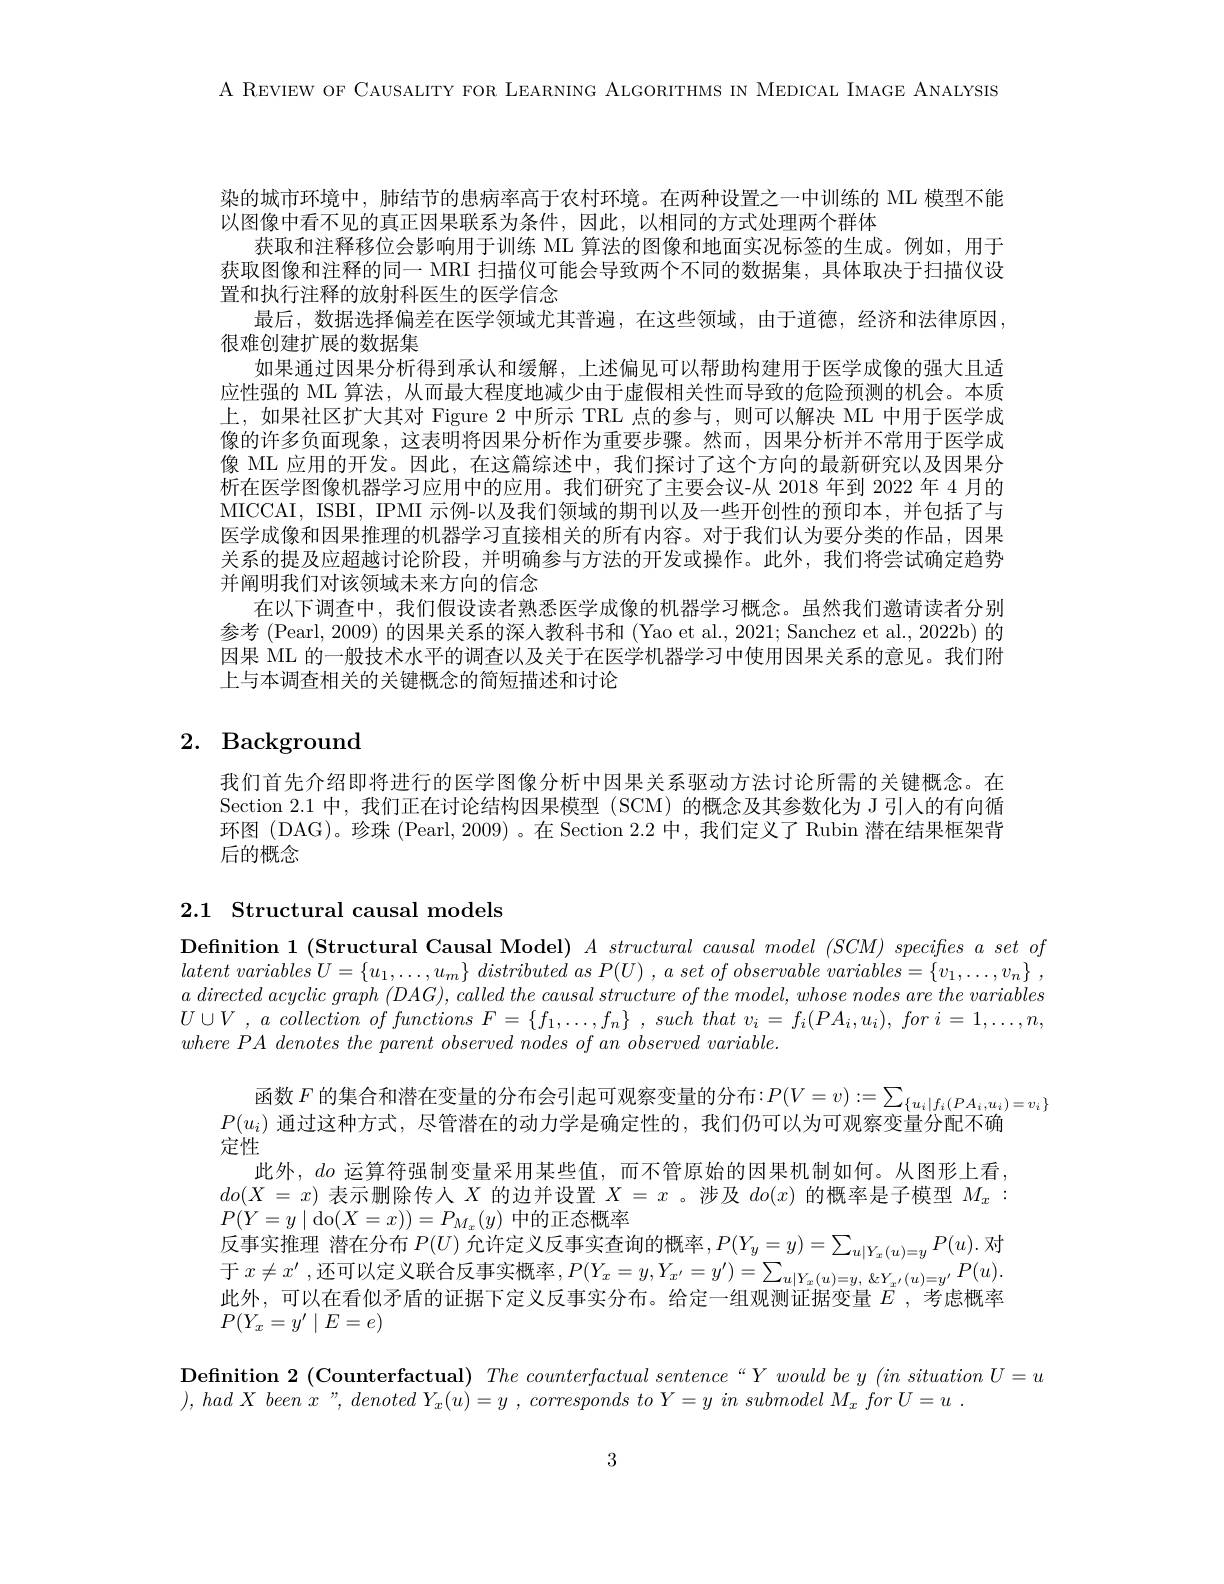
A REVIEW OF CAUSALITY FOR LEARNING ALGORITHMS IN MEDICAL IMAGE ANALYSIS

染的城市环境中，肺结节的患病率高于农村环境。在两种设置之一中训练的 ML 模型不能
以图像中看不见的真正因果联系为条件，因此，以相同的方式处理两个群体
获取和注释移位会影响用于训练 ML 算法的图像和地面实况标签的生成。例如，用于获取图像和注释的同一 MRI 扫描仪可能会导致两个不同的数据集，具体取决于扫描仪设置和执行注释的放射科医生的医学信念
最后，数据选择偏差在医学领域尤其普遍，在这些领域，由于道德，经济和法律原因，
很难创建扩展的数据集
如果通过因果分析得到承认和缓解，上述偏见可以帮助构建用于医学成像的强大且适应性强的 ML 算法，从而最大程度地减少由于虚假相关性而导致的危险预测的机会。本质上，如果社区扩大其对 Figure 2 中所示 TRL 点的参与，则可以解决 ML 中用于医学成像的许多负面现象，这表明将因果分析作为重要步骤。然而，因果分析并不常用于医学成像 ML 应用的开发。因此，在这篇综述中，我们探讨了这个方向的最新研究以及因果分析在医学图像机器学习应用中的应用。我们研究了主要会议-从 2018 年到 2022 年 4 月的MICCAI, ISBI, IPMI 示例-以及我们领域的期刊以及一些开创性的预印本，并包括了与医学成像和因果推理的机器学习直接相关的所有内容。对于我们认为要分类的作品，因果关系的提及应超越讨论阶段，并明确参与方法的开发或操作。此外，我们将尝试确定趋势并阐明我们对该领域未来方向的信念
在以下调查中，我们假设读者熟悉医学成像的机器学习概念。虽然我们邀请读者分别参考 (Pearl, 2009) 的因果关系的深人教科书和 (Yao et al., 2021; Sanchez et al., 2022b) 的因果 ML 的一般技术水平的调查以及关于在医学机器学习中使用因果关系的意见。我们附上与本调查相关的关键概念的简短描述和讨论

# 2. Background

我们首先介绍即将进行的医学图像分析中因果关系驱动方法讨论所需的关键概念。在Section 2.1 中，我们正在讨论结构因果模型 (SCM) 的概念及其参数化为 J 引人的有向循环图 (DAG)。珍珠 (Pearl, 2009)。在 Section 2.2 中，我们定义了 Rubin 潜在结果框架背后的概念

## 2.1 Structural causal models

Definition 1 (Structural Causal Model) $A\textit{ structural causal model }( SCM) \textit{ specifies a set of}$ latent variables $U= \{ u_1, \ldots , u_m\}$ distributed $as$ $P( U)$ , $a$ set $of$ observable $variables= \{ v_1, \ldots , v_n\}$ , $a\textit{ directed acyclic graph }( DAG) , \textit{ called the causal structure of the model, whose nodes are the variables}$ $U\cup V$ , $a$ collection $of$ functions $F=$ $\{ f_1, \ldots , f_n\}$ , such that $v_i$ = $f_i( PA_i, u_i) $, for $i=$ $1, \ldots , n$, where $PA$ denotes the parent observed nodes $of$ $an$ observed $variable.$

函数 $F$ 的集合和潜在变量的分布会引起可观察变量的分布$:P(V=v):=\sum_{\{u_i|f_i(PA_i,u_i)=v_i\}}$
$P(u_i)$通过这种方式，尽管潜在的动力学是确定性的，我们仍可以为可观察变量分配不确
定性
此外，$do$运算符强制变量采用某些值，而不管原始的因果机制如何。从图形上看， $do( X$ = $x)$表示删除传人$X$的边并设置$X=x$ 。涉及$do(x)$的概率是子模型$M_x:$ $P(Y=y\mid$do$(X=x))=P_{M_x}(y)$中的正态概率
反事实推理 潜在分布$P(U)$允许定义反事实查询的概率，$P(Y_y=y)=\sum_u|Y_x(u)=yP(u).$对于 $x\neq x^{\prime }$ ,还 可 以 定 义 联 合 反 事 实 概 率 $, P( Y_x= y, Y_{x^{\prime }}= y^{\prime }) = \sum _{u| Y_x( u) = y, \ Y_{x^{\prime }}( u) = y^{\prime }}P( u) .$ 此 外 可 以 在 手 们 予 岳 的 证 据 下 字 义 后 真 守 公 在 必 字 一 组 观 测 证 据 亦 是 $E$ 此外，可以在看似矛盾的证据下定义反事实分布。给定一组观测证据变量$E$ ,考虑概率$P(Y_x=y'\mid E=e)$

$\textbf{Definition 2 }($Counterfactual) $\textit{The counterfactual sentence“ Y would be y ( in situation U= u}$
$) , hadX$ been $x$", denoted $Y_x( u) = y$ $, corresponds$ $to$ $Y= y$ $in$ submodel $M_{x}$ for $U= u$ .

3